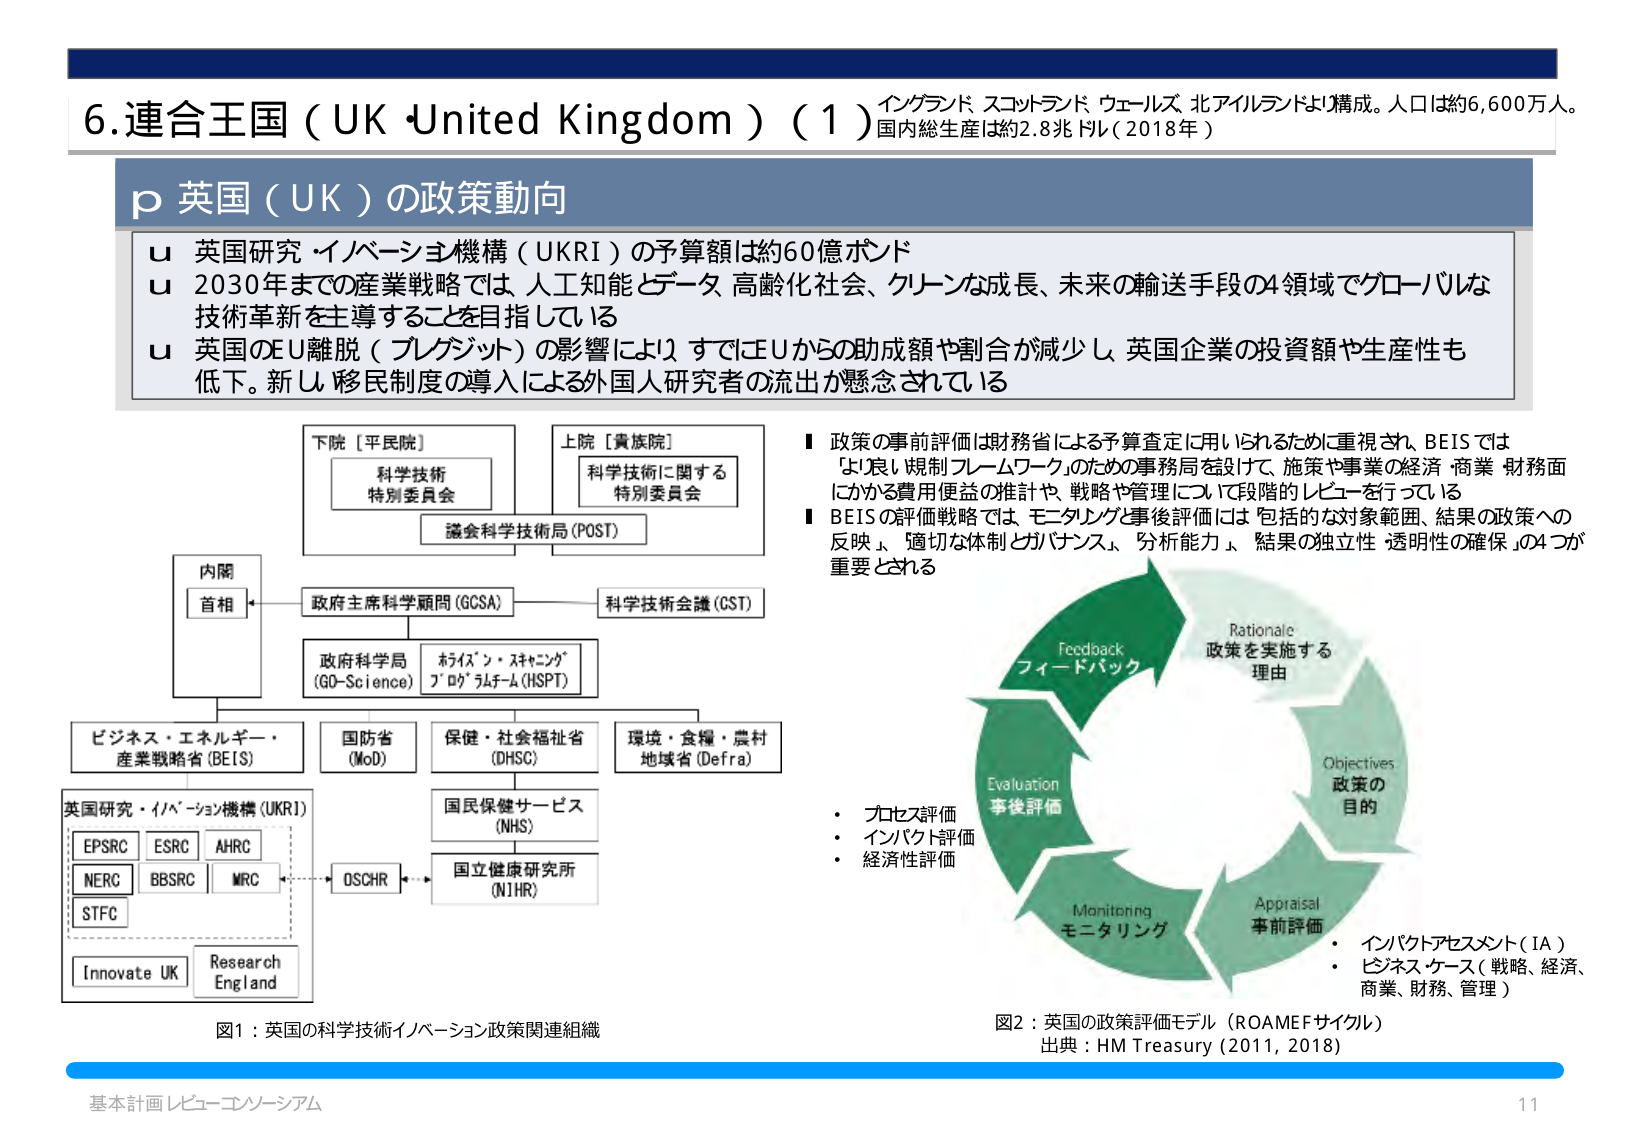
6. 連合王国（UK・United Kingdom）（1） イングランド、スコットランド、ウェールズ、北アイルランドより構成。人口は約6,600万人。国内総生産は約2.8兆ドル（2018年）

p 英国（UK）の政策動向

u 英国研究・イノベーション機構（UKRI）の予算額は約60億ポンド
u 2030年までの産業戦略では、人工知能とデータ、高齢化社会、クリーンな成長、未来の輸送手段の4領域でグローバルな技術革新を主導することを目指している
u 英国のEU離脱（ブレグジット）の影響により、すでにEUからの助成額や割合が減少し、英国企業の投資額や生産性も低下。新しい移民制度の導入による外国人研究者の流出が懸念されている

下院［平民院］
科学技術特別委員会

上院［貴族院］
科学技術に関する特別委員会

議会科学技術局（POST）

内閣
首相

政府主席科学顧問（GCSA）
科学技術会議（CST）

政府科学局（GO-Science）
ホライゾン・スキャンニング
アドバイザリーコミッティ（HSPT）

ビジネス・エネルギー・産業戦略省（BEIS）
国防省（MoD）
保健・社会福祉省（DHSC）
環境・食糧・農村地域省（Defra）

国民保健サービス（NHS）
国立健康研究所（NIHR）

英国研究・イノベーション機構（UKRI）
EPSRC  ESRC  AHRC
NERC  BBSRC  MRC
STFC

DSCHR

Innovate UK
Research England

図1：英国の科学技術イノベーション政策関連組織

■ 政策の事前評価は財務省による予算査定に用いられるために重視され、BEISでは「より良い規制フレームワーク」のための事務局を設けて、施策や事業の経済・商業・財務面にかかる費用便益の推計や、戦略や管理について段階的レビューを行っている
■ BEISの評価戦略では、モニタリングと事後評価には「包括的な対象範囲、結果の政策への反映、適切な体制とガバナンス、分析能力、結果の独立性・透明性の確保」の4つが重要とされる

Feedback
フィードバック

Rationale
政策を実施する理由

Objectives
政策の目的

Appraisal
事前評価

Monitoring
モニタリング

Evaluation
事後評価

・プロセス評価
・インパクト評価
・経済性評価

・インパクトアセスメント（IA）
・ビジネスケース（戦略、経済、商業、財務、管理）

図2：英国の政策評価モデル（ROAMEFサイクル）
出典：HM Treasury (2011, 2018)

基本計画レビュー・コンソーシアム
11